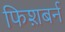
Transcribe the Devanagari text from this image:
फिश़बर्न